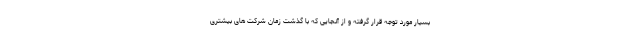
بسیار مورد توجه قرار گرفته و از آنجایی که با گذشت زمان شرکت های بیشتری